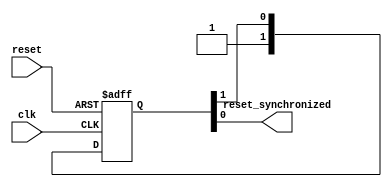
module reset_synchronizer #(
    parameter STAGE_COUNT = 2
)
(
    input clk,
    input reset,

    output reset_synchronized
);

    reg [0:STAGE_COUNT - 1] Q;
    integer i;

    always @(posedge clk or negedge reset) begin
        if (~reset) begin
            Q <= 'b0;
        end
        else begin
            Q[0] <= 1'b1;
            for (i = 1; i < STAGE_COUNT; i = i + 1) begin
                Q[i] <= Q[i - 1];
            end
        end
    end

    assign reset_synchronized = Q[STAGE_COUNT - 1];

endmodule